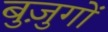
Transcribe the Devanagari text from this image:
बुज़ुगों